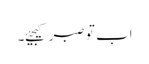
اب تو صبر کیجیئے۔